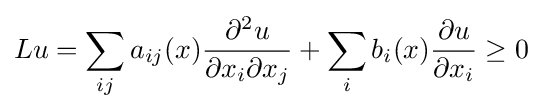
Lu=\sum _{ij}a_{ij}(x){\frac {\partial ^{2}u}{\partial x_{i}\partial x_{j}}}+\sum _{i}b_{i}(x){\frac {\partial u}{\partial x_{i}}}\geq 0